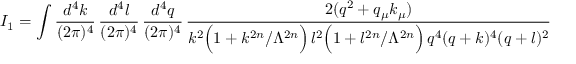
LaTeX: I _ { 1 } = \int \frac { d ^ { 4 } k } { ( 2 \pi ) ^ { 4 } } \, \frac { d ^ { 4 } l } { ( 2 \pi ) ^ { 4 } } \, \frac { d ^ { 4 } q } { ( 2 \pi ) ^ { 4 } } \, \frac { 2 ( q ^ { 2 } + q _ { \mu } k _ { \mu } ) } { k ^ { 2 } \Big ( 1 + k ^ { 2 n } / \Lambda ^ { 2 n } \Big ) \, l ^ { 2 } \Big ( 1 + l ^ { 2 n } / \Lambda ^ { 2 n } \Big ) \, q ^ { 4 } ( q + k ) ^ { 4 } ( q + l ) ^ { 2 } }